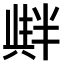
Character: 𠦺